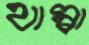
থাম্বা